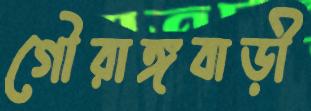
গৌরাঙ্গবাড়ী